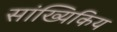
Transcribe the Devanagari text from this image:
सांख्यिकिय